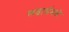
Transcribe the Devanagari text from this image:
लढाईमधे